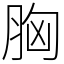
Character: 胸